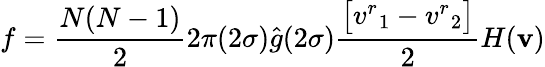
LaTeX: f=\frac{N(N-1)}{2}2\pi(2\sigma)\hat{g}(2\sigma)\frac{\big[{v^{r}}_{1}-{v^{r}}_{2}\big]}{2}H(\textbf{v})